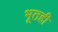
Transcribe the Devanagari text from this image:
भूतही